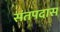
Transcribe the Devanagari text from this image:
संतपदास